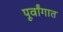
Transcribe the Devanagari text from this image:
पूर्वांगात